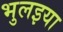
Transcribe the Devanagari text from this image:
भुलइया